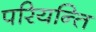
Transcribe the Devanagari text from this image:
परियन्ति